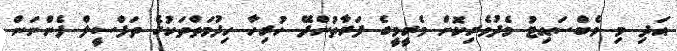
އަދި މި ވެބްސައިޓު މެދުވެރިކޮށް މެރީމީގެ ފަރާތުންދޭ ހުރިހާ ހިދުމަތްތަކުގެ ތަފްސީލް ފެންނަން